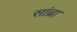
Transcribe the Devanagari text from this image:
सांब्रा